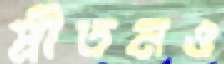
প্রীতমও